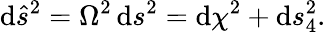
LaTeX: \mathrm{d}{\hat{{s}}}^{2}=\Omega^{2}\, \mathrm{d}s^{2}=\mathrm{d}\chi^{2}+\mathrm{d}s_{4}^{2}.